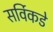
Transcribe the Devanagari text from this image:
सर्विकडे